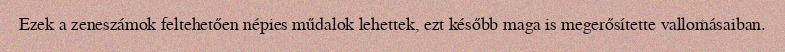
Ezek a zeneszámok feltehetően népies műdalok lehettek, ezt később maga is megerősítette vallomásaiban.